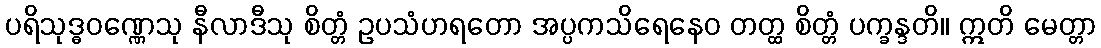
ပရိသုဒ္ဓဝဏ္ဏေသု နီလာဒီသု စိတ္တံ ဥပသံဟရတော အပ္ပကသိရေနေဝ တတ္ထ စိတ္တံ ပက္ခန္ဒတိ။ ဣတိ မေတ္တာ